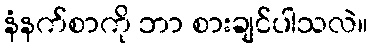
နံနက်စာကို ဘာ စားချင်ပါသလဲ။